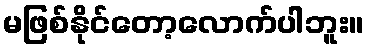
မဖြစ်နိုင်တော့လောက်ပါဘူး။